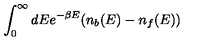
\int _ { 0 } ^ { \infty } d E { e ^ { - \beta E } ( n _ { b } ( E ) - n _ { f } ( E ) ) }